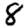
Digit: 8